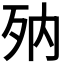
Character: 𣧍